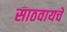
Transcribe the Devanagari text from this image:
साठवायचे